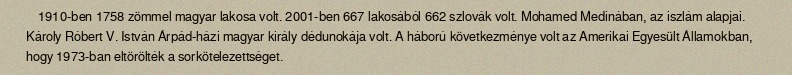
1910-ben 1758 zömmel magyar lakosa volt. 2001-ben 667 lakosából 662 szlovák volt. Mohamed Medinában, az iszlám alapjai. Károly Róbert V. István Árpád-házi magyar király dédunokája volt. A háború következménye volt az Amerikai Egyesült Államokban, hogy 1973-ban eltörölték a sorkötelezettséget.